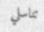
تناسلي